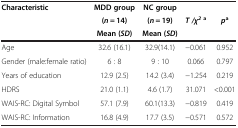
<table><thead><tr><td rowspan="3"><b>Characteristic</b></td><td><b>MDD group</b></td><td><b>NC group</b></td><td><b> </b></td><td><b> </b></td></tr><tr><td><b>(<i>n</i> = 14)</b></td><td><b>(<i>n</i> = 19)</b></td><td><b><i>T /χ</i><sup><i>2 </i>a</sup></b></td><td><b><i>p</i><sup>a</sup></b></td></tr><tr><td><b>Mean ( <i>SD </i>)</b></td><td><b>Mean ( <i>SD </i>)</b></td><td><b> </b></td><td><b> </b></td></tr></thead><tbody><tr><td>Age</td><td>32.6 (16.1)</td><td>32.9(14.1)</td><td>−0.061</td><td>0.952</td></tr><tr><td>Gender (male:female ratio)</td><td>6 : 8</td><td>9 : 10</td><td>0.066</td><td>0.797</td></tr><tr><td>Years of education</td><td>12.9 (2.5)</td><td>14.2 (3.4)</td><td>−1.254</td><td>0.219</td></tr><tr><td>HDRS</td><td>21.0 (1.1)</td><td>4.6 (1.7)</td><td>31.071</td><td>&lt;0.001</td></tr><tr><td>WAIS-RC: Digital Symbol</td><td>57.1 (7.9)</td><td>60.1(13.3)</td><td>−0.819</td><td>0.419</td></tr><tr><td>WAIS-RC: Information</td><td>16.8 (4.9)</td><td>17.7 (3.5)</td><td>−0.571</td><td>0.572</td></tr></tbody></table>